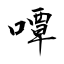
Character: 嘾